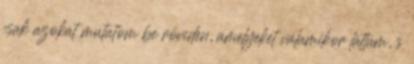
csak azokat mutatom be röviden, amelyeket valamikor láttam, s